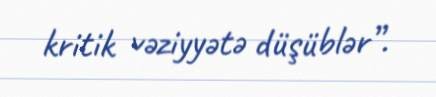
kritik vəziyyətə düşüblər”.